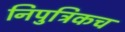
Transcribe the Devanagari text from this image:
निपुत्रिकच